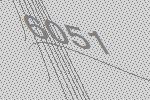
6051